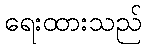
ရေးထားသည်